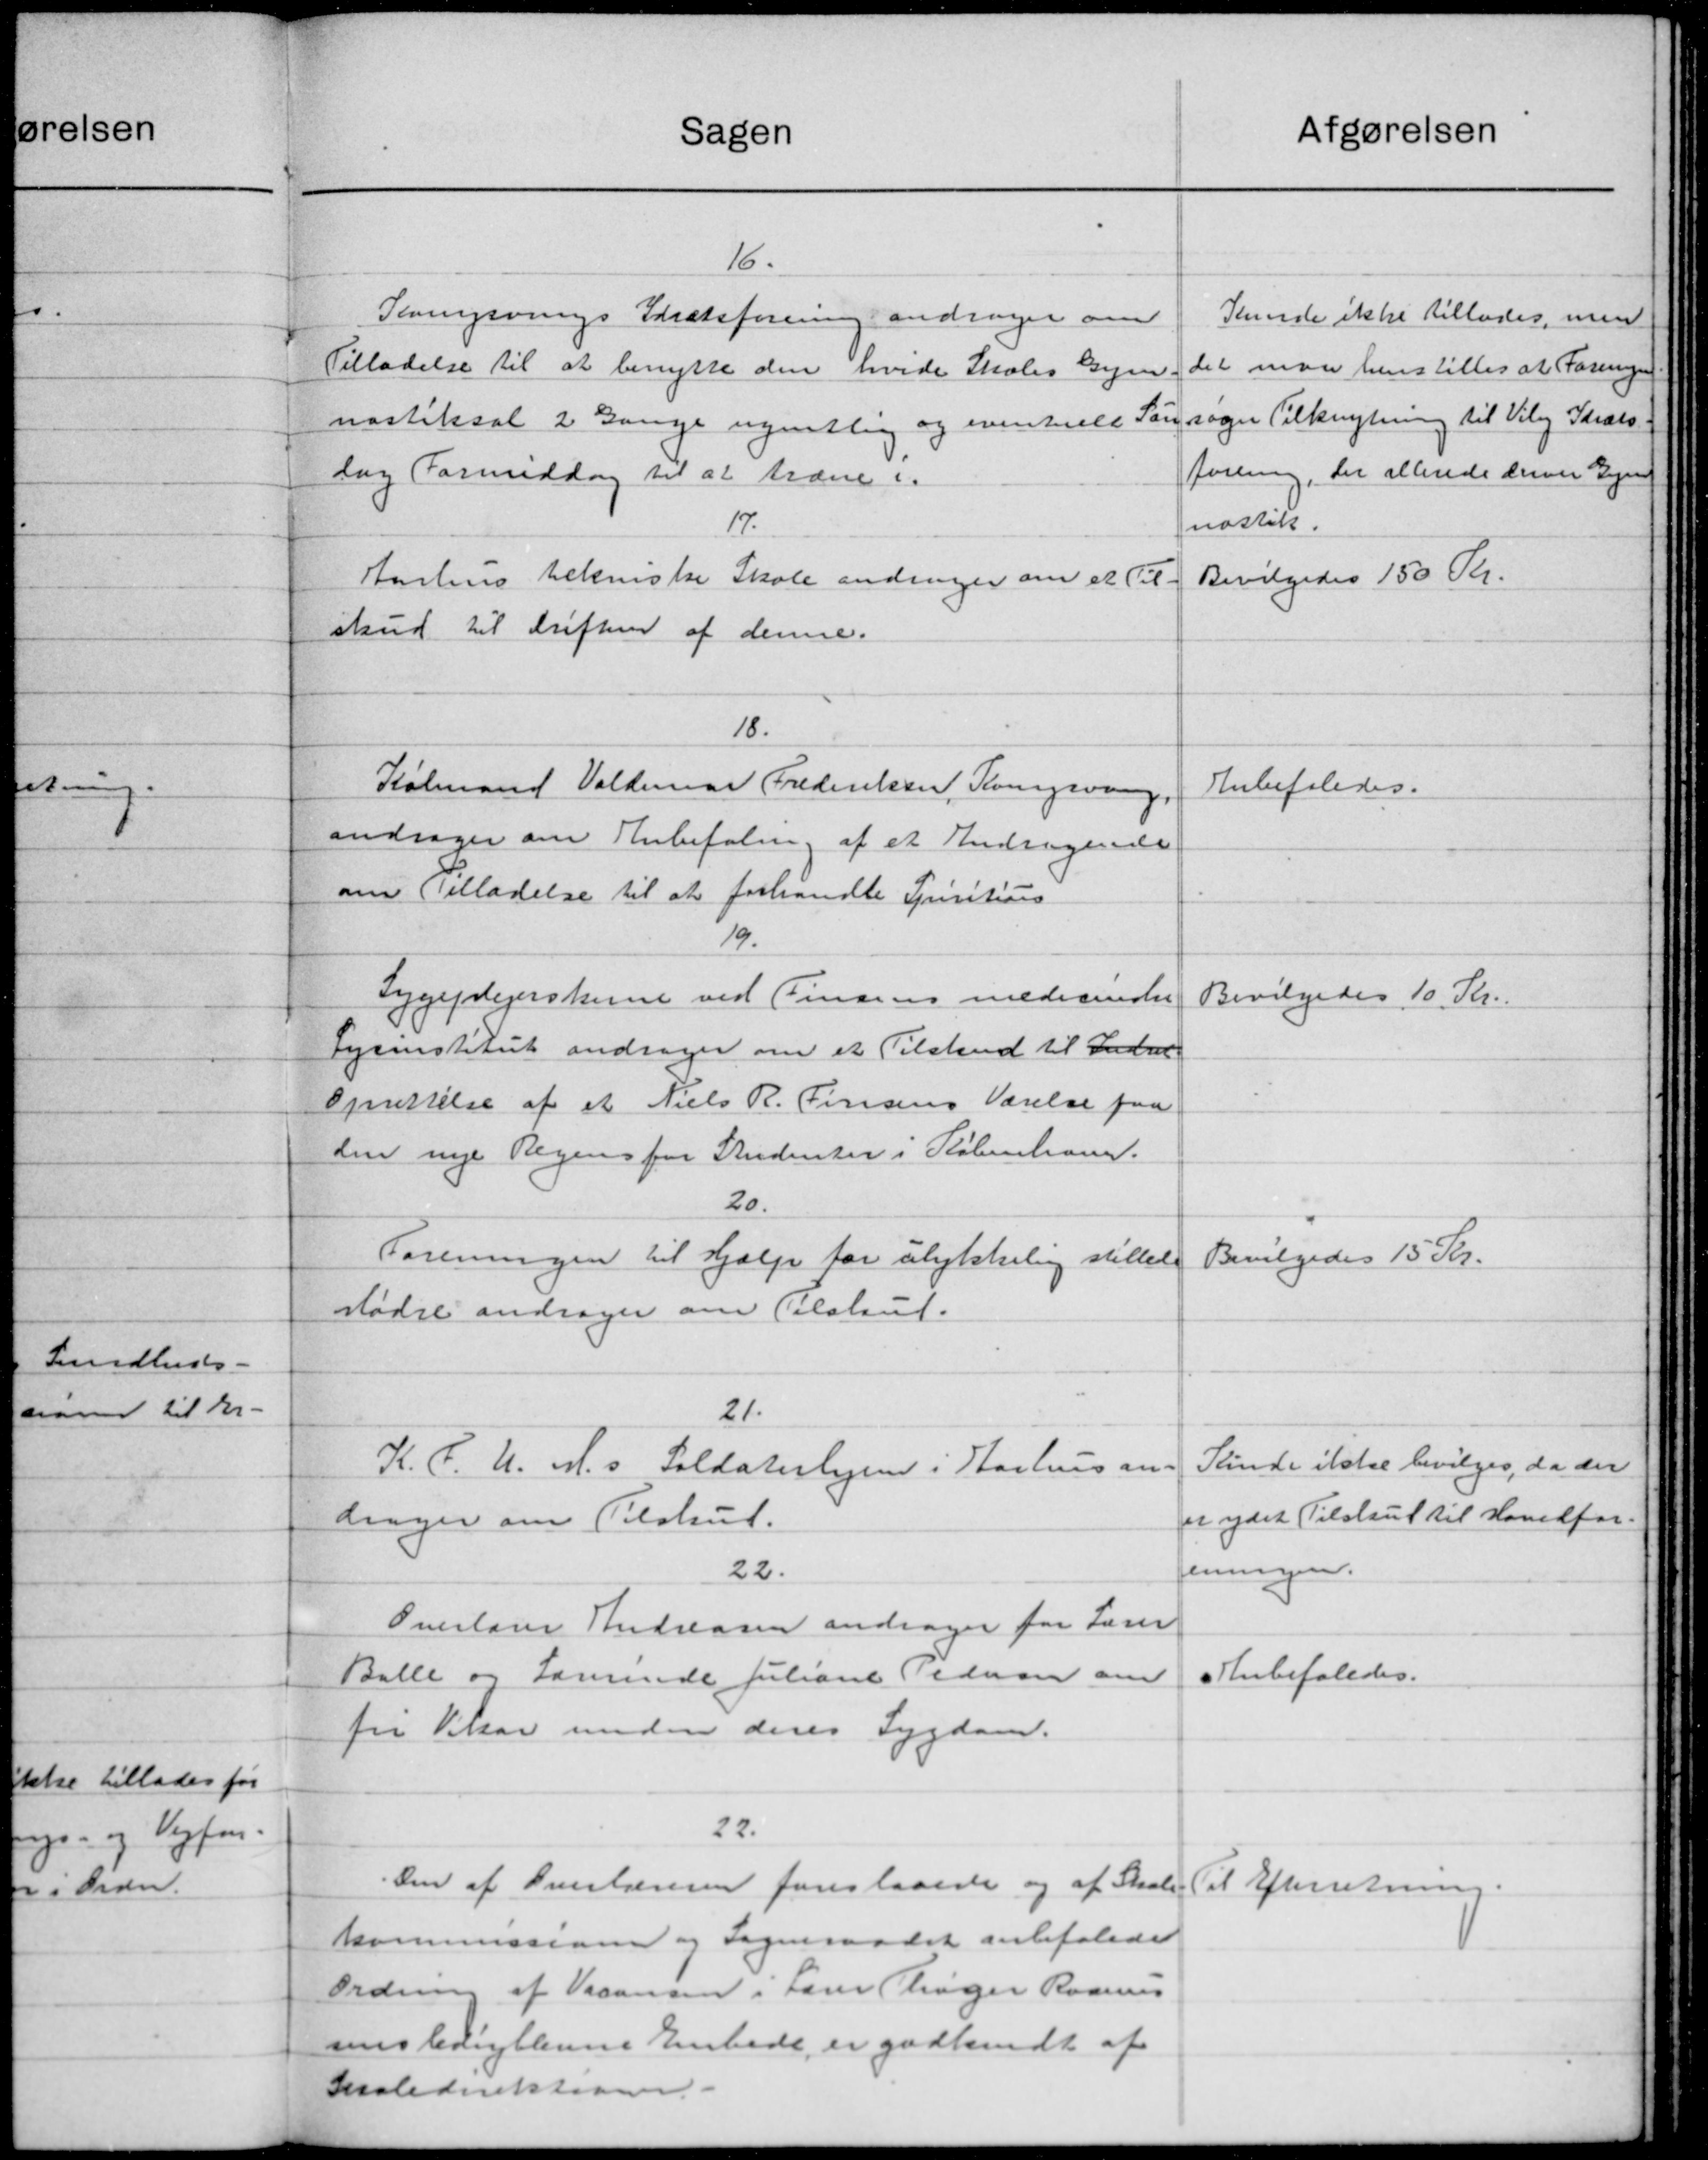
Transskription:
Afgørelsen
Sagen
16.
Kunde ikke tillades, men
Svingsvings Idrætsforening andrager om
det man henstilles at Foreningen
Tilladelse til at benytte den hvide Skoles Gymn
sager Tilknytning til Viby Idræts
nastiksal 2 Gange ugentlig og eventuelt Søn
forening, der allerede derved Gynn
dag Formiddag til at træne i
nostik.
17.
Aarhus tekniske Skole andrager om et Til-
Bevilgedes 150 Kr.
skud til Driften af denne.
18.
Købmand Valdemar Frederiksen, Kongsvang
Anbefaledes.
andrager om Anbefaling af et Andragende
om (Tilladelse til at forhandle Spiritions
19.
Sygeplejerskerne ved Finsens medesender
Bevilgedes 10 Kr.
Lysinstitut andrager om et Tilskud til Indvi-
Oprettelse af et Niels R. Jensens Værelse paa
den nye Regens for Studenter i København.
20.
Foreningen til Hjælp for ulykkeling stillede
Bevilgedes 15 Kr.
Mødre andrager om Tilskud.
21.
Sunde ikke bevilges, da der
K. C. U. M.s Soldaterhjem i Aarhus an-
er ydet Tilskud til Hovedfor-
drager om Tilskud.
fenningen.
22.
Overlærer Andreasen andrager for Lærer
Anbefaledes.
Balle og Lærerinde Juliane Pedersen om
fri Vikar unden deres Sygdom.
22.
Den af Overlæreren foreslaaede og af Skole Til Efterretning.
kommissionen og Sogneraadet anbefalede
Ordne af Vacansen i Lærer Thøger Rasmus
sens ledigblenne Embede er godkendt af
Skoledirektionen